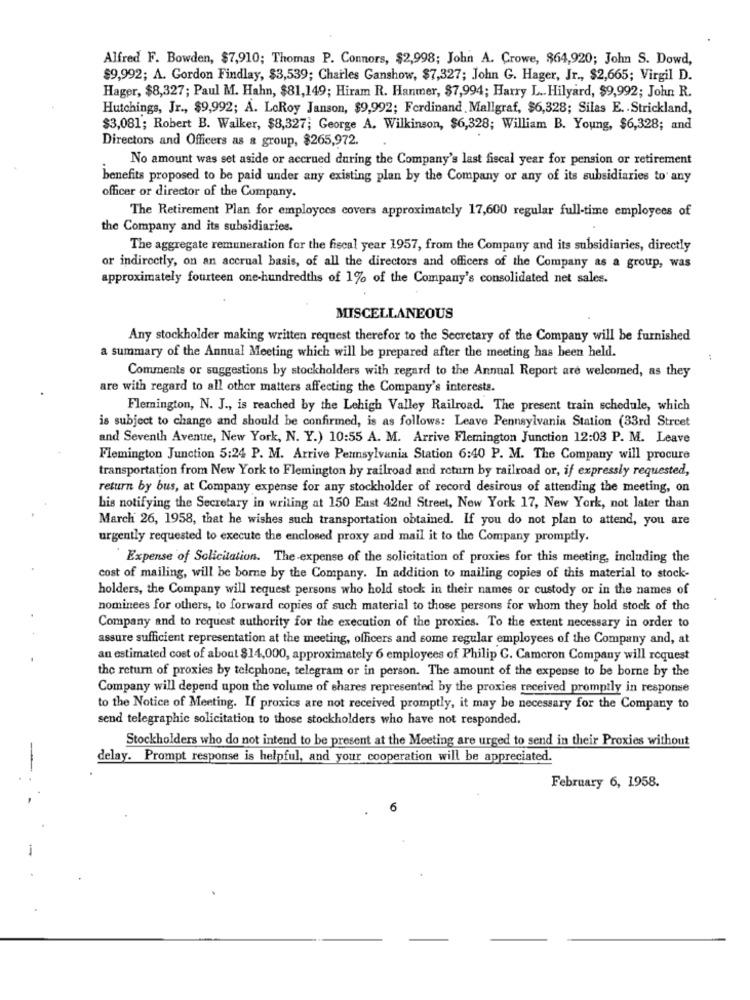
Alfred F. Bowden, $7,910; Thomas P. Connors, $2,998; John A. Crowe, $64,920; John S. Dowd,
$9,992; A. Gordon Findlay, $3,539; Charles Ganshow, $7,327; John G. Hager, Jr ., $2,665; Virgil D.
Hager, $8,327; Paul M. Hahn, $81,149; Hiram R. Hanmer, $7,994; Harry L .. Hilyard, $9,992; John R.
Hutchings, Jr ., $9,992; A. LoRoy Janson, $9,992; Ferdinand . Mallgraf, $6,328; Silas E .. Strickland,
$3,081; Robert B. Walker, $8,327; George A. Wilkinson, $6,328; William B. Young, $6,328; and
Directors and Officers as a group, $265,972.
No amount was set aside or accrued during the Company's last fiscal year for pension or retirement
benefits proposed to be paid under any existing plan by the Company or any of its subsidiaries to any
officer or director of the Company.
The Retirement Plan for employees covers approximately 17,600 regular full-time employees of
the Company and its subsidiaries.
The aggregate remuneration for the fiscal year 1957, from the Company and its subsidiaries, directly
or indirectly, on an accrual basis, of all the directors and officers of the Company as a group, was
approximately fourteen one-hundredths of 1% of the Company's consolidated net sales.
MISCELLANEOUS
Any stockholder making written request therefor to the Secretary of the Company will be furnished
a summary of the Annual Meeting which will be prepared after the meeting has been held.
Comments or suggestions by stockholders with regard to the Annual Report are welcomed, as they
are with regard to all other matters affecting the Company's interests.
Flemington, N. J ., is reached by the Lehigh Valley Railroad. The present train schedule, which
is subject to change and should be confirmed, is as follows: Leave Pennsylvania Station (33rd Street
and Seventh Avenue, New York, N. Y.) 10:55 A. M. Arrive Flemington Junction 12:03 P. M. Leave
Flemington Junction 5:24 P. M. Arrive Pennsylvania Station 6:40 P. M. The Company will procure
transportation from New York to Flemington by railroad and return by railroad or, if expressly requested,
return by bus, at Company expense for any stockholder of record desirous of attending the meeting, on
his notifying the Secretary in writing at 150 East 42nd Street, New York 17, New York, not later than
March 26, 1958, that he wishes such transportation obtained. If you do not plan to attend, you are
urgently requested to execute the enclosed proxy and mail it to the Company promptly.
Expense of Solicitation. The expense of the solicitation of proxies for this meeting, including the
cost of mailing, will be borne by the Company. In addition to mailing copies of this material to stock-
holders, the Company will request persons who hold stock in their names or custody or in the names of
nominees for others, to forward copies of such material to those persons for whom they hold stock of the
Company and to request authority for the execution of the proxies. To the extent necessary in order to
assure sufficient representation at the meeting, officers and some regular employees of the Company and, at
an estimated cost of about $14,000, approximately 6 employees of Philip G. Cameron Company will request
the return of proxies by telephone, telegram or in person. The amount of the expense to be borne by the
Company will depend upon the volume of shares represented by the proxies received promptly in response
to the Notice of Meeting. If proxics are not received promptly, it may be necessary for the Company to
send telegraphic solicitation to those stockholders who have not responded.
Stockholders who do not intend to be present at the Meeting are urged to send in their Proxies without
delay. Prompt response is helpful, and your cooperation will be appreciated.
February 6, 1958.